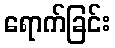
ရောက်ခြင်း